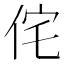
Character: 侘